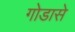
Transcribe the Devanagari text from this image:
गोडासे